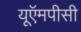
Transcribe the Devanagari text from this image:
यूऍमपीसी